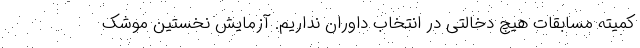
کمیته مسابقات هیچ دخالتی در انتخاب داوران نداریم. آزمایش نخستین موشک